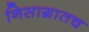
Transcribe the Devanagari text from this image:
निसाग्रातच